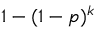
1 - ( 1 - p ) ^ { k }